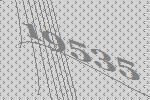
19535